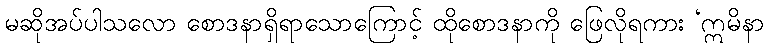
မဆိုအပ်ပါသလော စောဒနာရှိရာသောကြောင့် ထိုစောဒနာကို ဖြေလိုရကား ‘ဣမိနာ